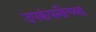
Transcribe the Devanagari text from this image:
उपकंपनीच्या